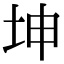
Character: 坤